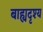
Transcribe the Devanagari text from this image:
बाह्यदृश्य